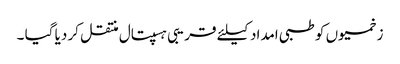
زخمیوں کو طبی امداد کیلئے قریبی ہسپتال منتقل کر دیا گیا ۔